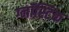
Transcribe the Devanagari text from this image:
ग्नॉस्टिक